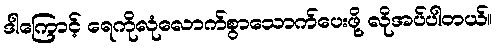
ဒါကြောင့် ရေကိုလုံလောက်စွာသောက်ပေးဖို့ လိုအပ်ပါတယ်။